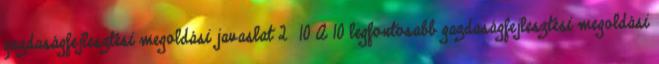
gazdaságfejlesztési megoldási javaslat 2 10 A 10 legfontosabb gazdaságfejlesztési megoldási